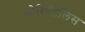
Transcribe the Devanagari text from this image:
ओरिएंटलिस